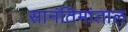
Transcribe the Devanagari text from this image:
सानंतिमांताल